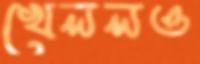
খেললও